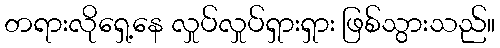
တရားလိုရှေ့နေ လှုပ်လှုပ်ရှားရှား ဖြစ်သွားသည်။